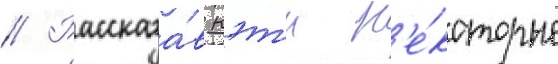
// Рассказа́в кэт'и н'е́которые